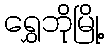
ရွှေဘိုမြို့